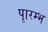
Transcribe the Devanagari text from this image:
पाृरम्भ